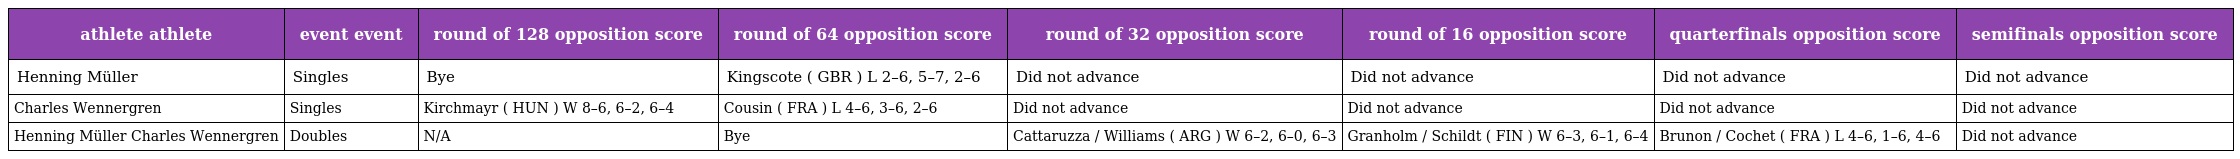
| athlete athlete | event event | round of 128 opposition score | round of 64 opposition score | round of 32 opposition score | round of 16 opposition score | quarterfinals opposition score | semifinals opposition score |
 | --- | --- | --- | --- | --- | --- | --- | --- |
 | Henning Müller | Singles | Bye | Kingscote ( GBR ) L 2–6, 5–7, 2–6 | Did not advance | Did not advance | Did not advance | Did not advance |
 | Charles Wennergren | Singles | Kirchmayr ( HUN ) W 8–6, 6–2, 6–4 | Cousin ( FRA ) L 4–6, 3–6, 2–6 | Did not advance | Did not advance | Did not advance | Did not advance |
 | Henning Müller Charles Wennergren | Doubles | N/A | Bye | Cattaruzza / Williams ( ARG ) W 6–2, 6–0, 6–3 | Granholm / Schildt ( FIN ) W 6–3, 6–1, 6–4 | Brunon / Cochet ( FRA ) L 4–6, 1–6, 4–6 | Did not advance |